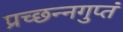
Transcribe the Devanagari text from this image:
प्रच्छन्नगुप्तं